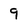
Character: 9